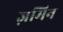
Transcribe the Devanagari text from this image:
ज़मिन